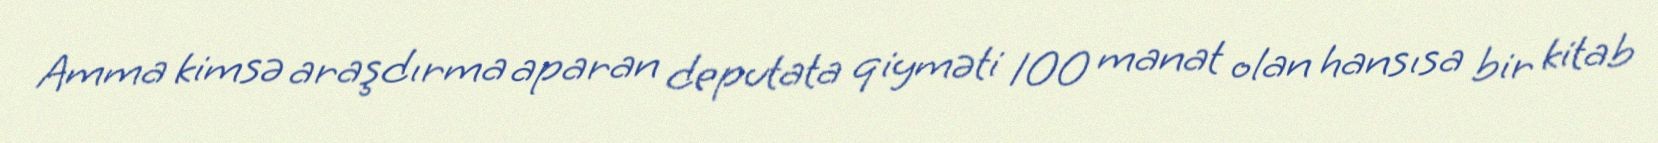
Amma kimsə araşdırma aparan deputata qiyməti 100 manat olan hansısa bir kitab